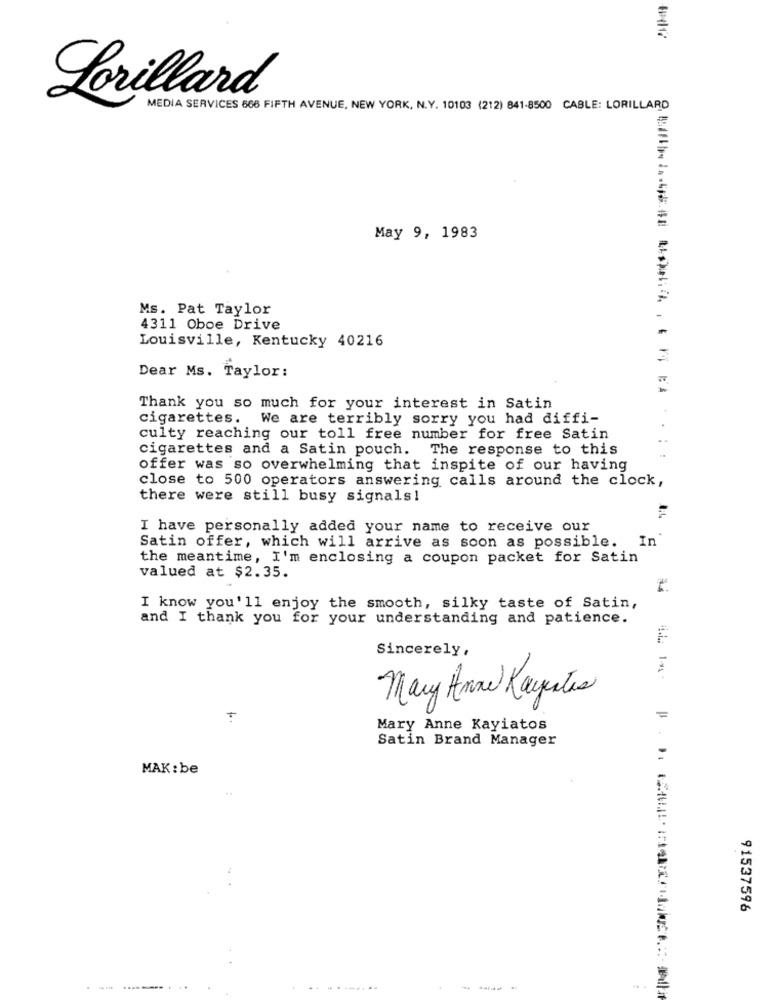
Lorillard®
MEDIA SERVICES 666 FIFTH AVENUE, NEW YORK, N.Y. 10103 (212) 841-8500 CABLE: LORILLARD
May 9, 1983
Ms. Pat Taylor
4311 Oboe Drive
Louisville, Kentucky 40216
Dear Ms. Taylor:
Thank you so much for your interest in Satin
cigarettes. We are terribly sorry you had diffi-
culty reaching our toll free number for free Satin
cigarettes and a Satin pouch.
The response to this
offer was so overwhelming that inspite of our having
close to 500 operators answering calls around the clock,
there were still busy signals!
I have personally added your name to receive our
Satin offer, which will arrive as soon as possible. In"
the meantime, I'm enclosing a coupon packet for Satin
valued at $2.35.
I know you'll enjoy the smooth, silky taste of Satin,
and I thank you for your understanding and patience.
Sincerely,
Mary Anne Rayestes
Mary Anne Kayiatos
Satin Brand Manager
MAK : be
91537596